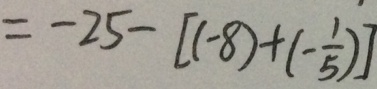
= - 2 5 - [ ( - 8 ) + ( - \frac { 1 } { 5 } ) ]